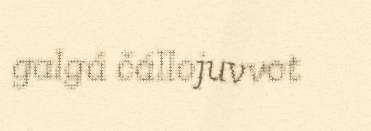
galgá čállojuvvot